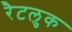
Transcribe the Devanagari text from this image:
रैटलुक